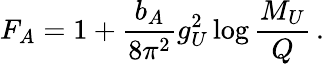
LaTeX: F_{A}=1+\frac{b_{A}}{8\pi^{2}}g_{U}^{2}\log\frac{M_{U}}{Q}\, .